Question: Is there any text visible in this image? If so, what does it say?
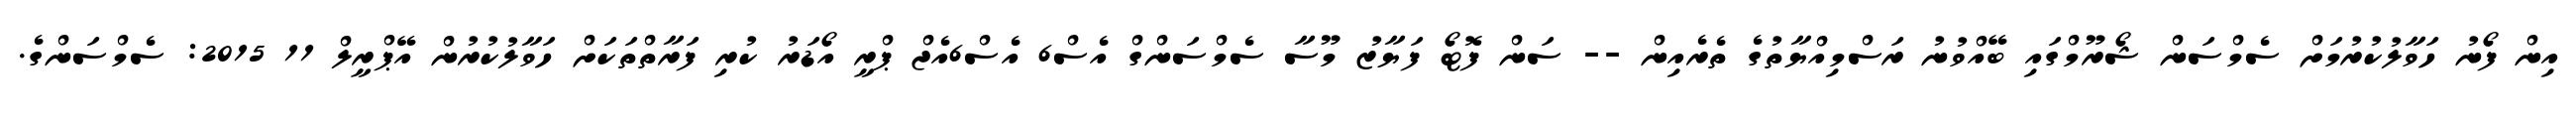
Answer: އިން ފޯނު ހަވާލުކުރުމަށް ސެމްސަން ޝޯރޫމްގައި ބޭއްވުނު ރަސްމިއްޔާތުގެ ތެރެއިން -- ސަން ފޮޓޯ ފަޔާޒު މޫސާ ސެމްސަންގް އެސް6 އެސް6އެޖް ޕްރީ އޯޑަރު ކުރި ފަރާތްތަކަށް ހަވާލުކުރުން އޭޕްރީލް 11 2015: ސެމްސަންގެ.